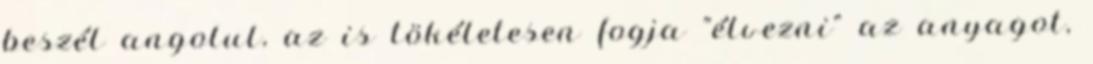
beszél angolul, az is tökéletesen fogja "élvezni" az anyagot,